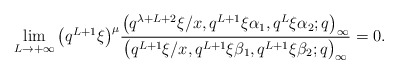
\begin{align*}\lim_{L \to +\infty} \big(q^{L+1}\xi\big)^{\mu} \frac{\big(q^{\lambda+L+2}\xi/x, q^{L+1}\xi\alpha_1, q^L\xi\alpha_2 ;q\big)_{\infty}}{\big(q^{L+1}\xi/x, q^{L+1}\xi\beta_1, q^{L+1}\xi\beta_2 ;q\big)_{\infty}} = 0 .\end{align*}